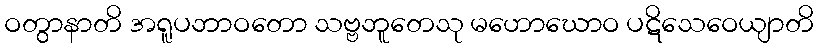
ဝတွာနာတိ အရူပဘာဝတော သဗ္ဗဘူတေသု မဟောဃောဝ ပဋိသေဝေယျာတိ